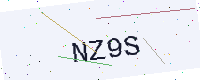
Text: NZ9S